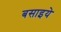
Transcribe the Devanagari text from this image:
बसाइये